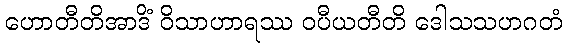
ဟောတီတိအာဒိံ ဝိသာဟာရဿ ဝပီယတီတိ ဒေါသသဟဂတံ